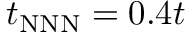
t _ { \mathrm { N N N } } = 0 . 4 t